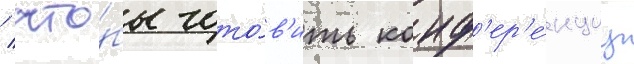
/ что́бы гото́в'ить конф'ер'е́нциу